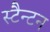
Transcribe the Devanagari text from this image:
स्टैन्टन